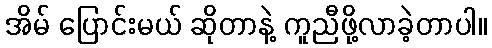
အိမ် ပြောင်းမယ် ဆိုတာနဲ့ ကူညီဖို့လာခဲ့တာပါ။